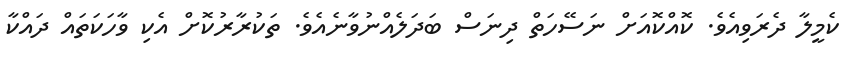
ކެމީލާ ދެރަވިއެވެ. ކޮއްކޮއަށް ނަސޭހަތް ދިނަސް ބަދަލެއްނުވާނެއެވެ. ތަކުރާރުކޮށް އެކި ވާހަކަތައް ދައްކާ